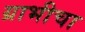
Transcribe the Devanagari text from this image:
ग्राभीचा